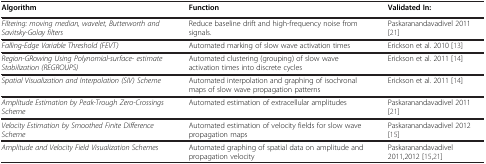
| Algorithm | Function | Validated In: |
 | --- | --- | --- |
 | Filtering: moving median, wavelet, Butterworth and Savitsky-Golay filters | Reduce baseline drift and high-frequency noise from signals. | Paskaranandavadivel 2011 [21] |
 | Falling-Edge Variable Threshold (FEVT) | Automated marking of slow wave activation times | Erickson et al. 2010 [13] |
 | Region-GRowing Using Polynomial-surface- estimate Stabilization (REGROUPS) | Automated clustering (grouping) of slow wave activation times into discrete cycles | Erickson et al. 2011 [14] |
 | Spatial Visualization and Interpolation (SIV) Scheme | Automated interpolation and graphing of isochronal maps of slow wave propagation patterns | Erickson et al. 2011 [14] |
 | Amplitude Estimation by Peak-Trough Zero-Crossings Scheme | Automated estimation of extracellular amplitudes | Paskaranandavadivel 2011 [21] |
 | Velocity Estimation by Smoothed Finite Difference Scheme | Automated estimation of velocity fields for slow wave propagation maps | Paskaranandavadivel 2012 [15] |
 | Amplitude and Velocity Field Visualization Schemes | Automated graphing of spatial data on amplitude and propagation velocity | Paskaranandavadivel 2011,2012 [15,21] |